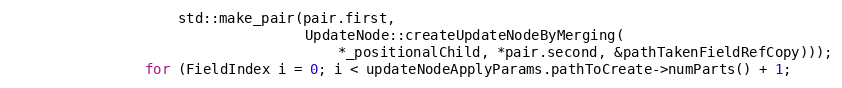
Language: C++
                    std::make_pair(pair.first,
                                   UpdateNode::createUpdateNodeByMerging(
                                       *_positionalChild, *pair.second, &pathTakenFieldRefCopy)));
                for (FieldIndex i = 0; i < updateNodeApplyParams.pathToCreate->numParts() + 1;